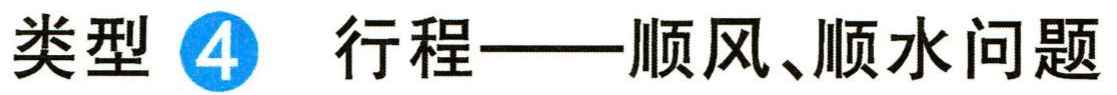
类型 \textcircled{4} 行程——顺风、顺水问题